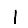
Digit: 1